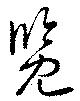
覽